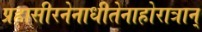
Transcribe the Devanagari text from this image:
प्रहासीरनेनाधीतेनाहोरात्रान्